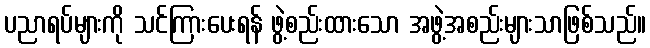
ပညာရပ်များကို သင်ကြားပေးရန် ဖွဲ့စည်းထားသော အဖွဲ့အစည်းများသာဖြစ်သည်။